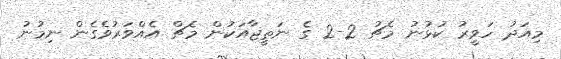
މިއަދު ހަވީރު ކުޅުނު މެޗު 2-2 ގެ ނަތީޖާއަކުން މެޗް އެއްވަރުވެގެން ނިމުނު